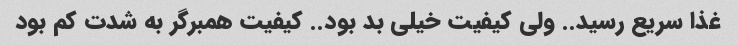
غذا سریع رسید.. ولی کیفیت خیلی بد بود.. کیفیت همبرگر به شدت کم بود